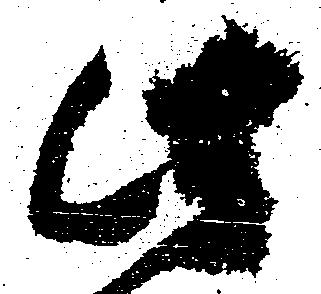
此